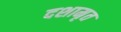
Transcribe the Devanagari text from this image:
दशामृत